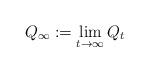
LaTeX: \begin{align*} Q_\infty := \lim_{t\to \infty} Q_t\end{align*}